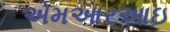
એમઆરઆઇ